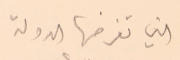
التي تفرضها الدولة